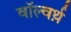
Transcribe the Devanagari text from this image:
वॉल्वर्थ़